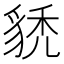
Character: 𧳌